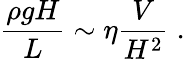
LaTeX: \frac{\rho gH}{L}\sim\eta\frac{V}{H^{2}}\; .